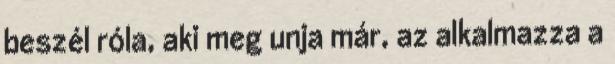
beszél róla, aki meg unja már, az alkalmazza a